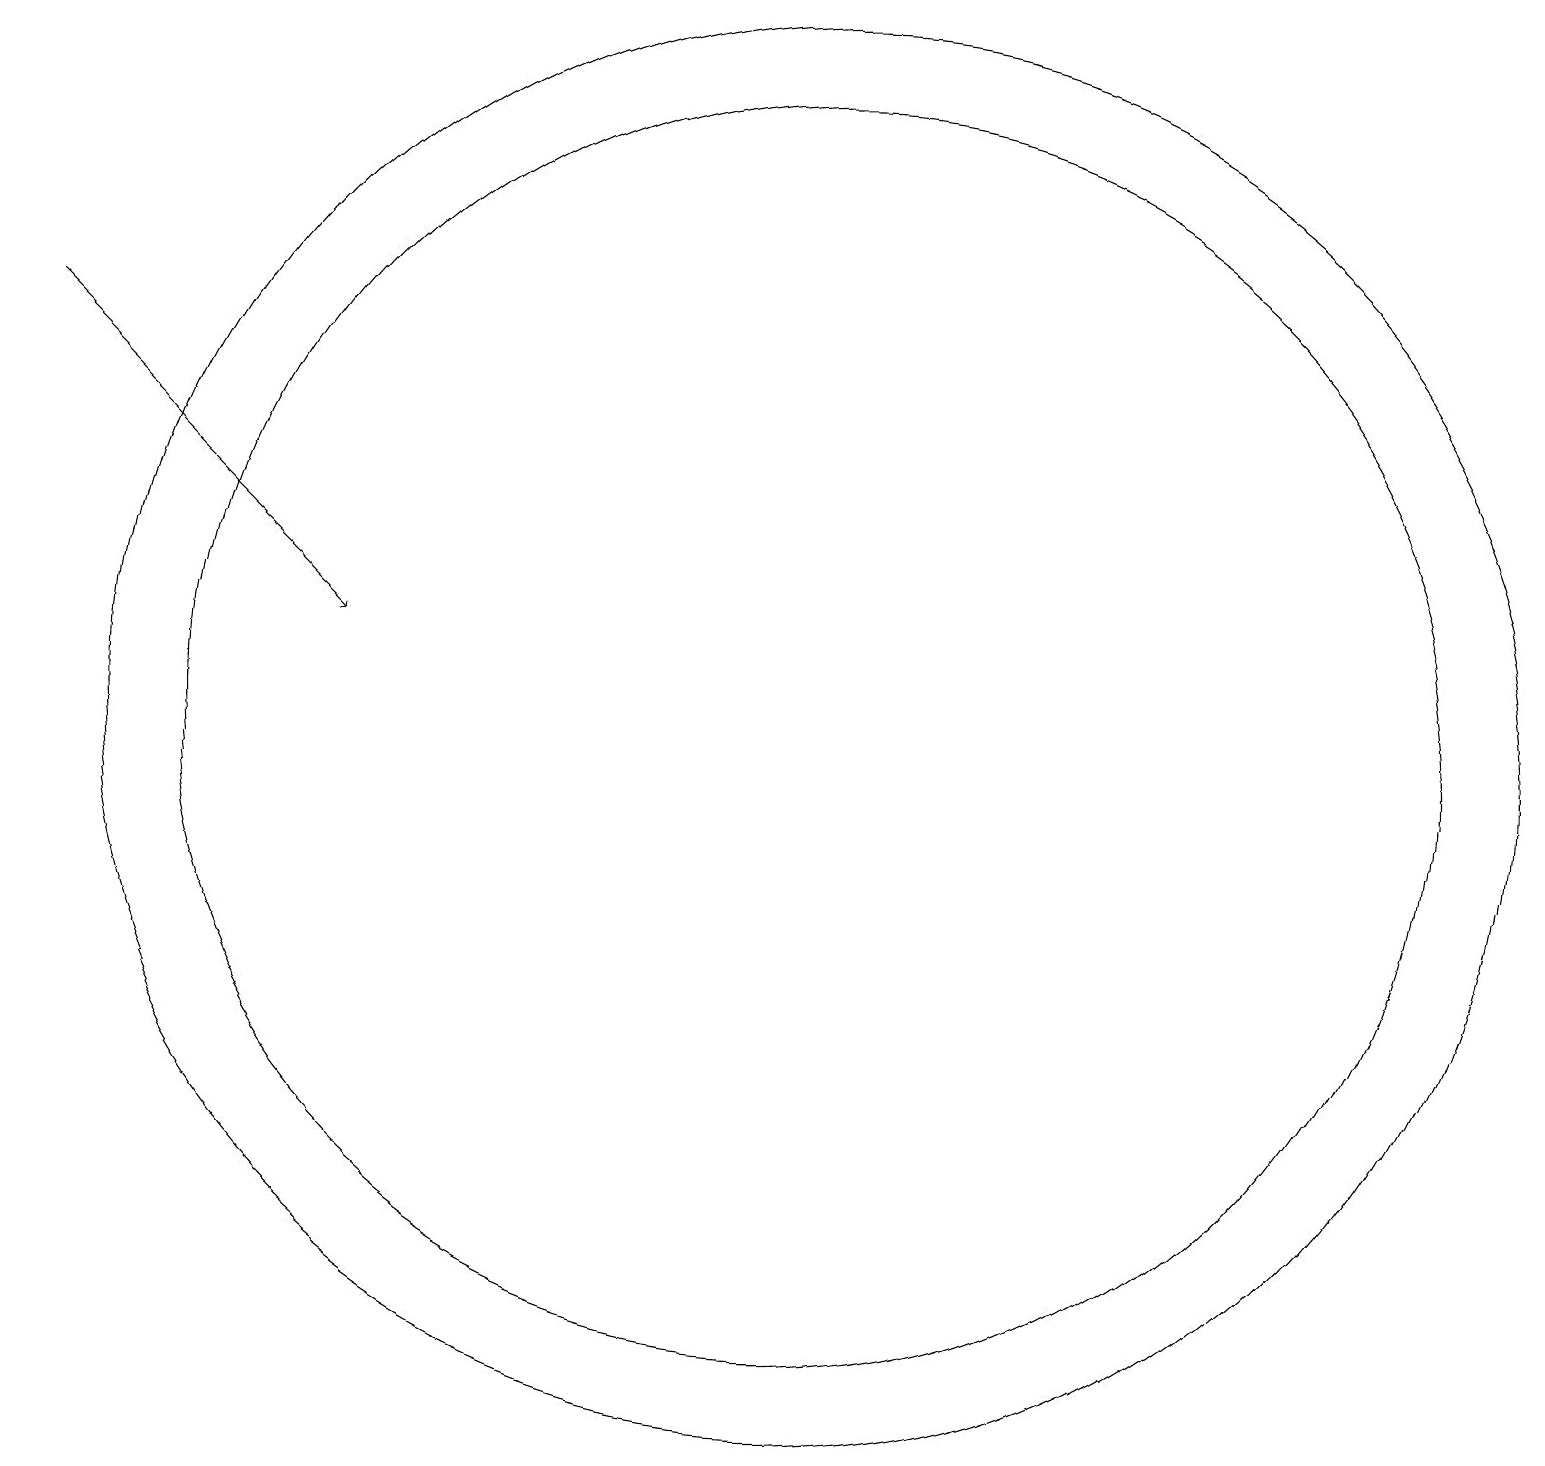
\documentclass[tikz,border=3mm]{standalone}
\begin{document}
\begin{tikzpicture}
\draw[->] (1,17) -- (5,13);
\draw (11,12) circle (8);
\draw (11,12) circle (9);
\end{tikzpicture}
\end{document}